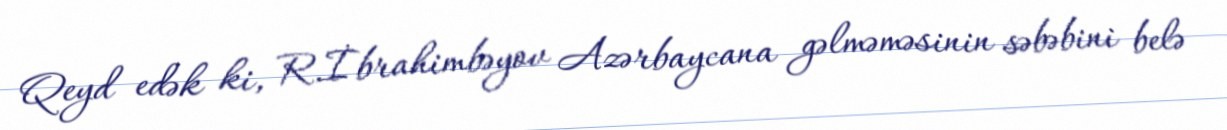
Qeyd edək ki, R.İbrahimbəyov Azərbaycana gəlməməsinin səbəbini belə